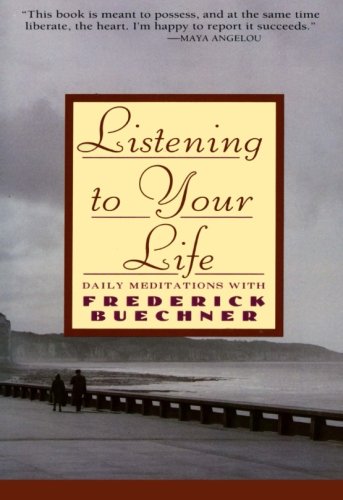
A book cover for Listening to Your Life: Daily Meditations with Frederick Buechner; Frederick Buechner; Christian Books & Bibles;